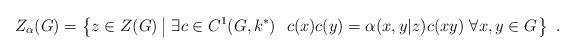
LaTeX: \begin{align*}Z_{\alpha}(G)=\left\{z\in Z(G)\left|\ \exists c\in C^1(G,k^*)\ \ c(x)c(y)=\alpha(x,y|z)c(xy)\ \forall x,y\in G\right.\right\}\ .\end{align*}